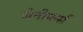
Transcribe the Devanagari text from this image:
जेनीफर्स